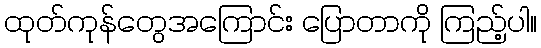
ထုတ်ကုန်တွေအကြောင်း ပြောတာကို ကြည့်ပါ။